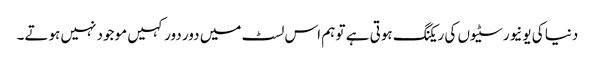
دنیا کی یونیورسٹیوں کی ریکنگ ہوتی ہے تو ہم اس لسٹ میں دور دور کہیں موجود نہیں ہوتے۔